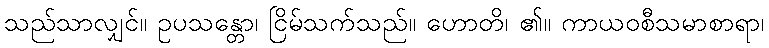
သည်သာလျှင်။ ဥပသန္တော၊ ငြိမ်သက်သည်။ ဟောတိ၊ ၏။ ကာယဝစီသမာစာရာ၊